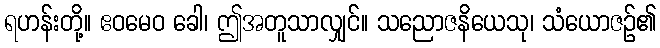
ရဟန်းတို့။ ဧဝမေဝ ခေါ၊ ဤအတူသာလျှင်။ သညောဇနိယေသု၊ သံယောဇဉ်၏